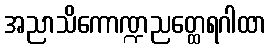
အညာသိကောဏ္ဍညတ္ထေရဂါထာ